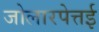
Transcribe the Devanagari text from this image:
जोलारपेत्तई